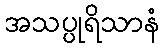
အသပ္ပုရိသာနံ